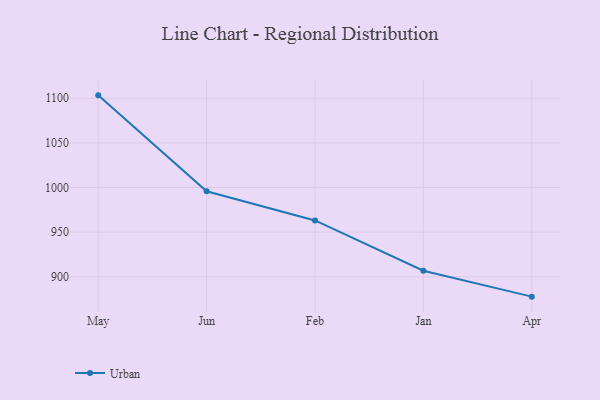
{"axis": {"x": "Month", "y": "Customer Acquisition Cost (USD)"}, "legend": ["Urban"], "data": [{"x": "May", "y": 1103.3, "type": "Urban"}, {"x": "Jun", "y": 995.8, "type": "Urban"}, {"x": "Feb", "y": 963.1, "type": "Urban"}, {"x": "Jan", "y": 906.7, "type": "Urban"}, {"x": "Apr", "y": 877.7, "type": "Urban"}]}